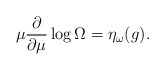
\begin{align*}\mu \frac{\partial}{\partial \mu} \log \Omega =\eta_{\omega}(g).\end{align*}